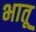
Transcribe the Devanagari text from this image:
भातू